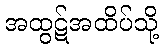
အထွဋ်အထိပ်သို့